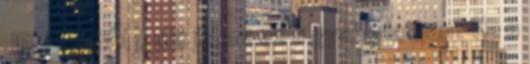
JELLEMZŐI I. Mit jelent ez a gyakorlatban? Ha a